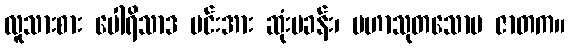
လူသားစား ပေါရိသာဒ မင်းအား ဆုံးမခန်း၊ မဟာသုတသောမ ဇာတက။